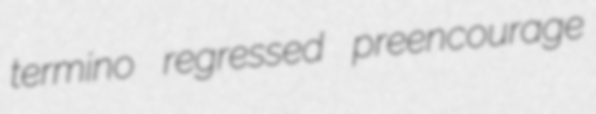
termino regressed preencourage